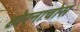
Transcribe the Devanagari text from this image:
होरनाचोस